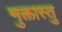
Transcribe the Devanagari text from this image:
मुक्तास्तु